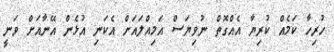
ހުރިހާ ކަމެއް ކުރިޔާ އެއްގޮތް ނުވިޔަސް އަމިއްލައަށް އެކަނި އުޅެން އޭނާއަށް ވަނީ